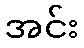
အင်း